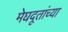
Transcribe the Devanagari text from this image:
मेघदूतांच्या